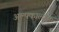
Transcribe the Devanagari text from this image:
अल्पकालीक